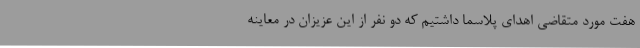
هفت مورد متقاضی اهدای پلاسما داشتیم که دو نفر از این عزیزان در معاینه